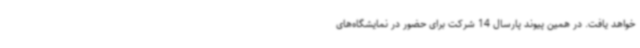
خواهد یافت. در همین پیوند پارسال 14 شرکت برای حضور در نمایشگاه‌های